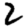
Digit: 2